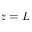
z = L